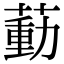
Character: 𦹝